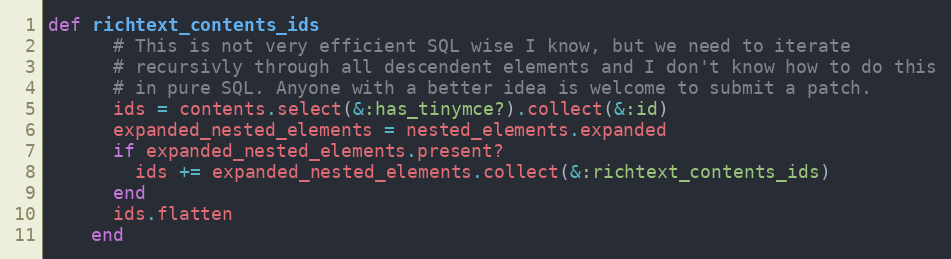
Language: Ruby
def richtext_contents_ids
      # This is not very efficient SQL wise I know, but we need to iterate
      # recursivly through all descendent elements and I don't know how to do this
      # in pure SQL. Anyone with a better idea is welcome to submit a patch.
      ids = contents.select(&:has_tinymce?).collect(&:id)
      expanded_nested_elements = nested_elements.expanded
      if expanded_nested_elements.present?
        ids += expanded_nested_elements.collect(&:richtext_contents_ids)
      end
      ids.flatten
    end